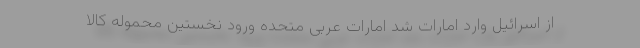
از اسرائيل وارد امارات شد امارات عربی متحده ورود نخستین محموله کالا